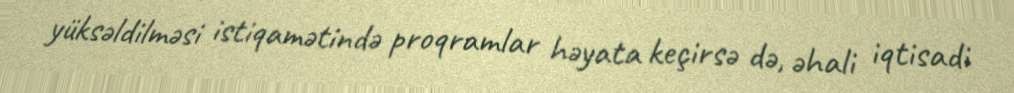
yüksəldilməsi istiqamətində proqramlar həyata keçirsə də, əhali iqtisadi